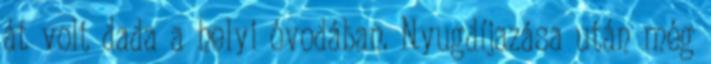
át volt dada a helyi óvodában. Nyugdíjazása után még